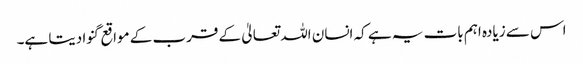
اس سے زیادہ اہم بات یہ ہے کہ انسان اللہ تعالیٰ کے قرب کے مواقع گنوا دیتا ہے۔